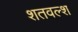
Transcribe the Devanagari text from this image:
शतवल्श